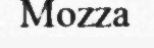
Mozza